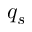
q _ { s }